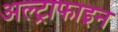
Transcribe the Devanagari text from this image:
अल्ट्राफाइन